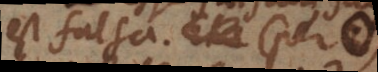
est falsa. Et pro